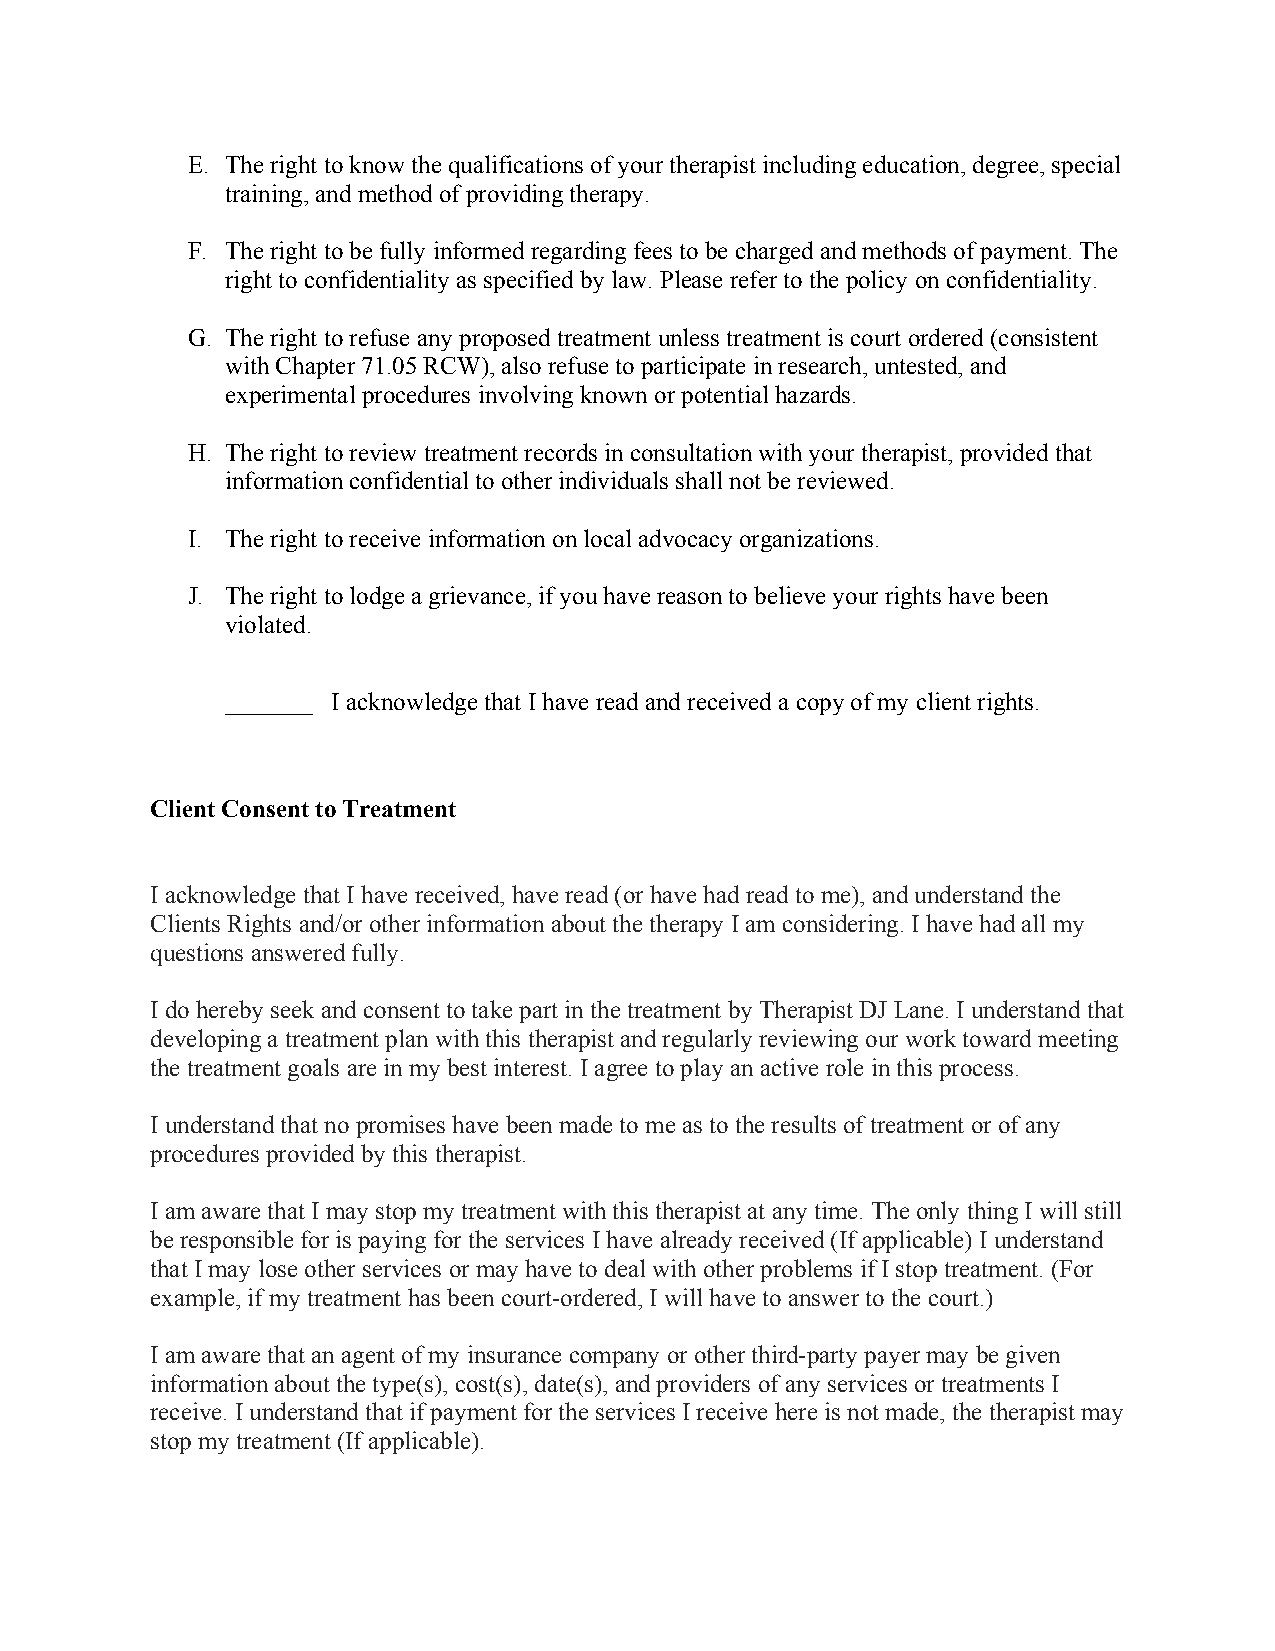
E. The right to know the qualifications of your therapist including education, degree, special
 training, and method of providing therapy.
 F. The right to be fully informed regarding fees to be charged and methods of payment. The
 right to confidentiality as specified by law. Please refer to the policy on confidentiality.
 G. The right to refuse any proposed treatment unless treatment is court ordered (consistent
 with Chapter 71.05 RCW), also refuse to participate in research, untested, and
 experimental procedures involving known or potential hazards.
 H. The right to review treatment records in consultation with your therapist, provided that
 information confidential to other individuals shall not be reviewed.
 I. The right to receive information on local advocacy organizations.
 J. The right to lodge a grievance, if you have reason to believe your rights have been
 violated.
 _______ I acknowledge that I have read and received a copy of my client rights.
 Client Consent to Treatment
 I acknowledge that I have received, have read (or have had read to me), and understand the
 Clients Rights and/or other information about the therapy I am considering. I have had all my
 questions answered fully.
 I do hereby seek and consent to take part in the treatment by Therapist DJ Lane. I understand that
 developing a treatment plan with this therapist and regularly reviewing our work toward meeting
 the treatment goals are in my best interest. I agree to play an active role in this process.
 I understand that no promises have been made to me as to the results of treatment or of any
 procedures provided by this therapist.
 I am aware that I may stop my treatment with this therapist at any time. The only thing I will still
 be responsible for is paying for the services I have already received (If applicable) I understand
 that I may lose other services or may have to deal with other problems if I stop treatment. (For
 example, if my treatment has been court-ordered, I will have to answer to the court.)
 I am aware that an agent of my insurance company or other third-party payer may be given
 information about the type(s), cost(s), date(s), and providers of any services or treatments I
 receive. I understand that if payment for the services I receive here is not made, the therapist may
 stop my treatment (If applicable).
 33